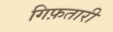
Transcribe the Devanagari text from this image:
गिफ़तारी